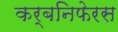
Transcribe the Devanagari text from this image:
कर्बनिफेरस